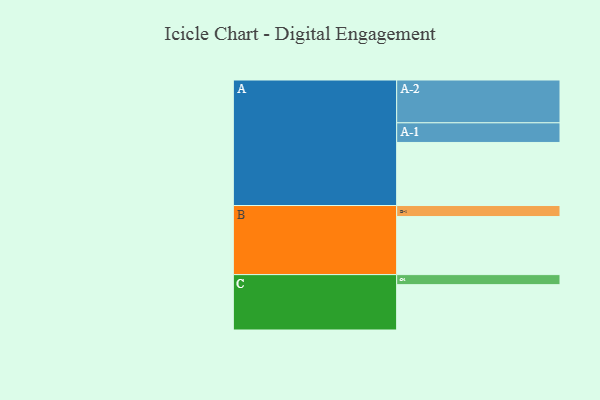
{"axis": {"x": "Segment", "y": "Value"}, "legend": ["", "A", "B", "C"], "data": [{"x": "A", "y": 427, "type": ""}, {"x": "B", "y": 393, "type": ""}, {"x": "C", "y": 307, "type": ""}, {"x": "A-1", "y": 133, "type": "A"}, {"x": "A-2", "y": 290, "type": "A"}, {"x": "B-1", "y": 75, "type": "B"}, {"x": "C-1", "y": 68, "type": "C"}]}